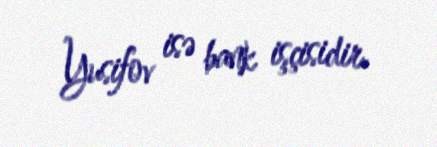
Yusifov isə bank işçisidir.